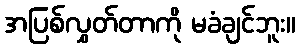
အပြစ်လွှတ်တာကို မခံချင်ဘူး။